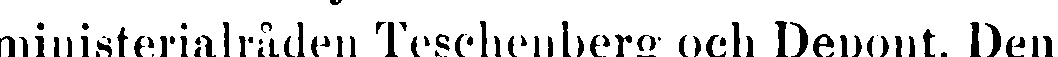
ministerialråden Tesehenberg och Depont. Den